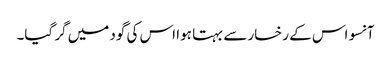
آنسو اس کے رخسار سے بہتا ہوا اس کی گود میں گر گیا۔